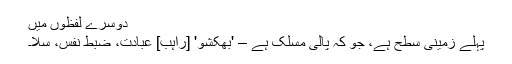
دوسرے لفظوں میں
پہلے زمینی سطح ہے، جو کہ پالی مسلک ہے – 'بھکشو' [راہب] عبادت، ضبط نفس، سلا۔